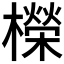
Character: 𣞁